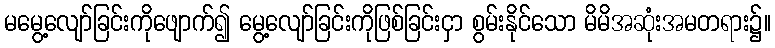
မမွေ့လျော်ခြင်းကိုဖျောက်၍ မွေ့လျော်ခြင်းကိုဖြစ်ခြင်းငှာ စွမ်းနိုင်သော မိမိအဆုံးအမတရား၌။